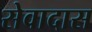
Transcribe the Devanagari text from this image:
सेवादास